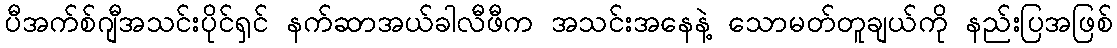
ပီအက်စ်ဂျီအသင်းပိုင်ရှင် နက်ဆာအယ်ခါလီဖီက အသင်းအနေနဲ့ သောမတ်တူချယ်ကို နည်းပြအဖြစ်